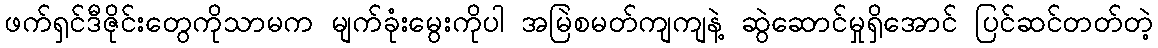
ဖက်ရှင်ဒီဇိုင်းတွေကိုသာမက မျက်ခုံးမွေးကိုပါ အမြဲစမတ်ကျကျနဲ့ ဆွဲဆောင်မှုရှိအောင် ပြင်ဆင်တတ်တဲ့